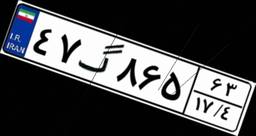
۴۷گ۸۶۵۶۳